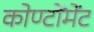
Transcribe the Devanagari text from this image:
कोण्टोंमेंट